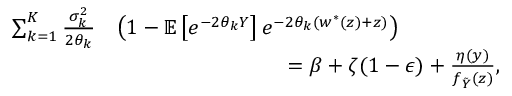
\begin{array} { r l } { \sum _ { k = 1 } ^ { K } \frac { \sigma _ { k } ^ { 2 } } { 2 \theta _ { k } } } & { \left( 1 - { \mathbb { E } } \left[ e ^ { - 2 \theta _ { k } Y } \right] e ^ { - 2 \theta _ { k } ( w ^ { * } ( z ) + z ) } \right) } \\ & { \qquad \qquad \qquad \qquad = \beta + \zeta ( 1 - \epsilon ) + \frac { \eta ( y ) } { f _ { \tilde { Y } } ( z ) } , } \end{array}